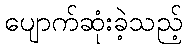
ပျောက်ဆုံးခဲ့သည့်